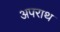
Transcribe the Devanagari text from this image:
अपराथ